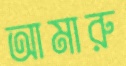
আমারু